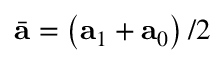
\bar { \mathbf { a } } = \left( \mathbf { a } _ { 1 } + \mathbf { a } _ { 0 } \right) / 2